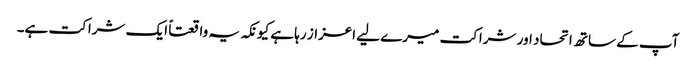
آپ کے ساتھ اتحاد اور شراکت میرے لیے اعزاز رہا ہے کیونکہ یہ واقعتاً ایک شراکت ہے۔